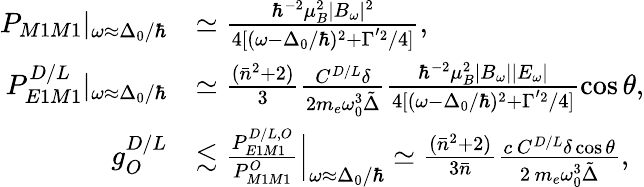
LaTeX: \begin{array}{rl}{P_{M1M1}|_{\omega\approx\Delta_{0}/\hbar}}&{\simeq\frac{\hbar^{-2}\mu_{B}^{2}|B_{\omega}|^{2}}{4[(\omega-\Delta_{0}/\hbar)^{2}+\Gamma^{^{\prime}2}/4]},}\\ {P_{E1M1}^{D/L}|_{\omega\approx\Delta_{0}/\hbar}}&{\simeq\frac{(\bar{n}^{2}+2)}{3}\frac{C^{D/L}\delta}{2m_{e}\omega_{0}^{3}\tilde{\Delta}}\frac{\hbar^{-2}\mu_{B}^{2}|B_{\omega}||E_{\omega}|}{4[(\omega-\Delta_{0}/\hbar)^{2}+\Gamma^{^{\prime}2}/4]}\cos{\theta},}\\ {g_{O}^{D/L}}&{\lesssim\frac{P_{E1M1}^{D/L,O}}{P_{M1M1}^{O}}\Bigr|_{\omega\approx\Delta_{0}/\hbar}\simeq\frac{(\bar{n}^{2}+2)}{3\bar{n}}\frac{c\, C^{D/L}\delta\cos{\theta}}{2\, m_{e}\omega_{0}^{3}\tilde{\Delta}},}\end{array}